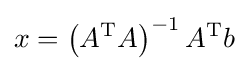
x=\left(A^{\text{T}}A\right)^{-1}A^{\text{T}}b